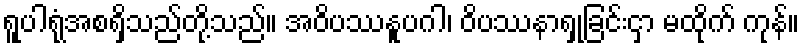
ရူပါရုံအစရှိသည်တို့သည်။ အဝိပဿနူပဂါ၊ ဝိပဿနာရှုခြင်းငှာ မထိုက် ကုန်။